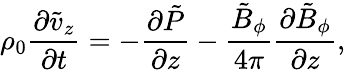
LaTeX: \rho_{0}\frac{\partial\tilde{v}_{z}}{\partial t}=-\frac{\partial\tilde{P}}{\partial z}-\frac{\tilde{B}_{\phi}}{4\pi}\frac{\partial\tilde{B}_{\phi}}{\partial z},